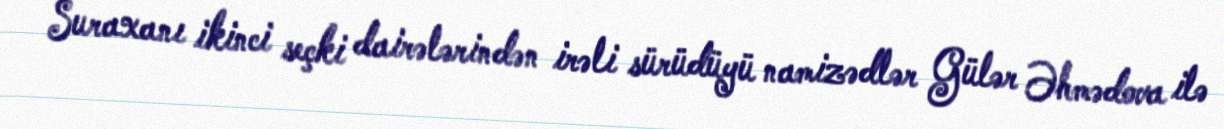
Suraxanı ikinci seçki dairələrindən irəli sürüdüyü namizədlər Gülər Əhmədova ilə